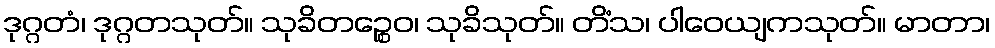
ဒုဂ္ဂတံ၊ ဒုဂ္ဂတသုတ်။ သုခိတဉ္စေဝ၊ သုခိသုတ်။ တိံသ၊ ပါဝေယျကသုတ်။ မာတာ၊